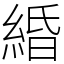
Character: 緍